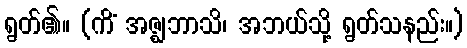
ရွတ်၏။ (ကိံ အဇ္ဈဘာသိ၊ အဘယ်သို့ ရွတ်သနည်း။)